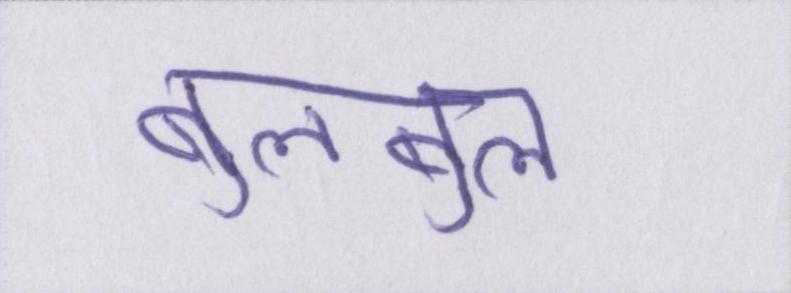
बुलबुल